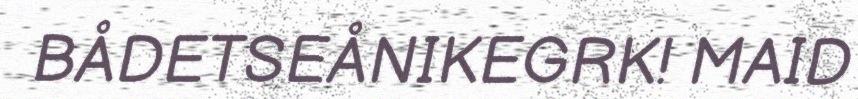
BÅDETSEÅNIKEGRK! MAID